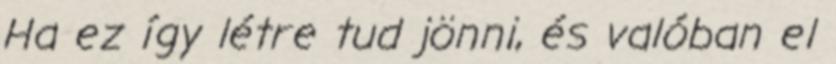
Ha ez így létre tud jönni, és valóban el